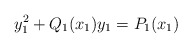
\begin{align*} y_1^2+Q_1(x_1)y_1=P_1(x_1) \end{align*}